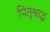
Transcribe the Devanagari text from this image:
पितृश्राद्ध